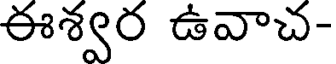
ఈశ్వర ఉవాచ-